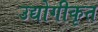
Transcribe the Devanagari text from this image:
उद्योगीकृत